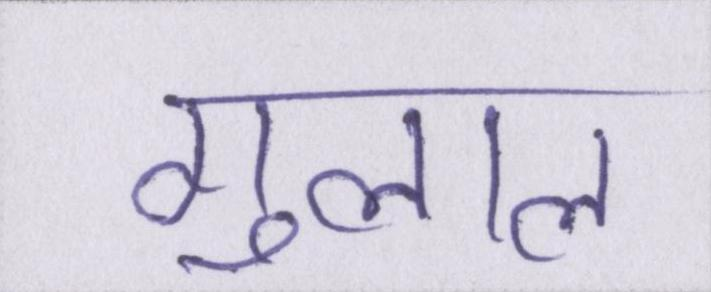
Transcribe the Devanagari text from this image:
गुलाल